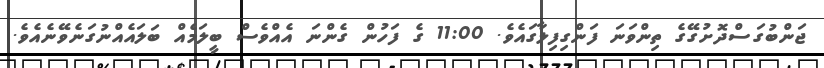
ޖަންބުގަސްދޮށުގޭގެ ތިންވަނަ ފަންގިފިލާގައެވެ. 11:00 ގެ ފަހުން ގެންނަ އެއްވެސް ބީލަމެއް ބަލައެއްނުގަނެވޭނެއެވެ.